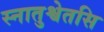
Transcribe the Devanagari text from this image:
स्नातुश्वेतसि